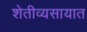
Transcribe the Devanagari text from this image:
शेतीव्यसायात